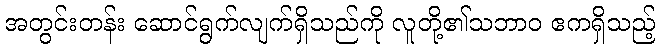
အတွင်းတန်း ဆောင်ရွက်လျက်ရှိသည်ကို လူတို့၏သဘာဝ ဧကရှိသည့်